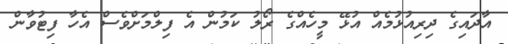
އާދައިގެ ދިރިއުޅުމެއް އުޅޭ މީހެއްގެ ރޯލު ކަމުން އެ ފިލްމަށްވެސް އެހާ ފިޓުވާން